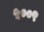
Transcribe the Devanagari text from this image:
५००९